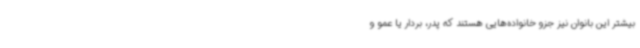
بیشتر این بانوان نیز جزو خانواده‌هایی هستند که پدر، بردار یا عمو و